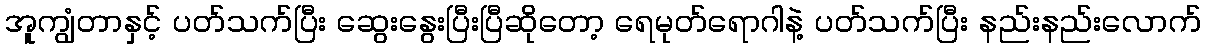
အူကျွံတာနှင့် ပတ်သက်ပြီး ဆွေးနွေးပြီးပြီဆိုတော့ ရေမုတ်ရောဂါနဲ့ ပတ်သက်ပြီး နည်းနည်းလောက်